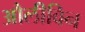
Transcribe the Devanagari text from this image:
औलीविन